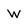
Character: W